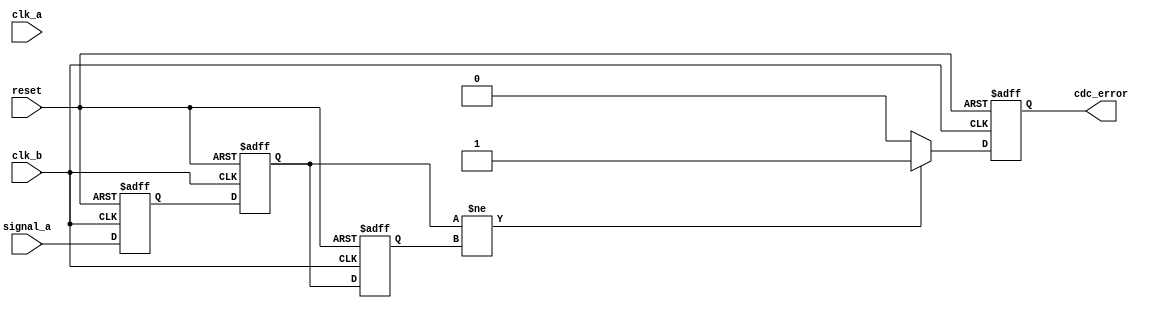
module cdc_detector #(
    parameter WIDTH = 1 // Width of the input signal
)(
    input wire clk_a,         // Clock for domain A
    input wire clk_b,         // Clock for domain B
    input wire reset,         // Asynchronous reset
    input wire [WIDTH-1:0] signal_a, // Input signal from clock domain A
    output reg cdc_error      // CDC error flag
);

    // Synchronization registers
    reg [WIDTH-1:0] sync_reg1; // First stage of synchronization
    reg [WIDTH-1:0] sync_reg2; // Second stage of synchronization

    // Error detection registers
    reg [WIDTH-1:0] prev_sync_reg2; // Previous value of sync_reg2

    // Synchronization logic (from clk_b domain)
    always @(posedge clk_b or posedge reset) begin
        if (reset) begin
            sync_reg1 <= 0;
            sync_reg2 <= 0;
            prev_sync_reg2 <= 0;
            cdc_error <= 0;
        end else begin
            // First stage: Capture signal_a in sync_reg1
            sync_reg1 <= signal_a;

            // Second stage: Capture sync_reg1 in sync_reg2
            sync_reg2 <= sync_reg1;

            // Error detection: Check for changes in sync_reg2
            if (sync_reg2 != prev_sync_reg2) begin
                cdc_error <= 1'b1; // Set error flag if a change is detected
            end else begin
                cdc_error <= 1'b0; // Clear error flag if no change
            end
            
            // Store the current value of sync_reg2 for next comparison
            prev_sync_reg2 <= sync_reg2;
        end
    end

endmodule